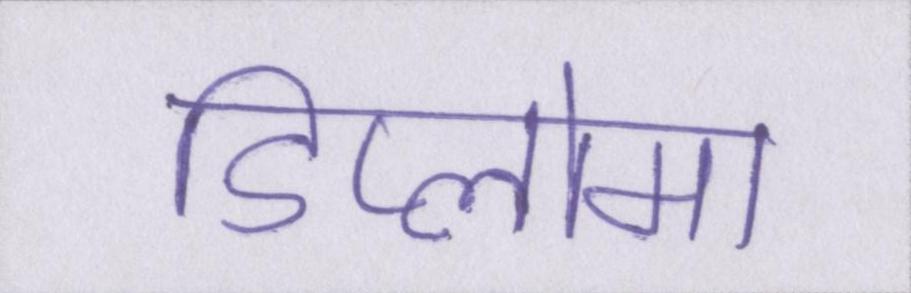
डिप्लोमा